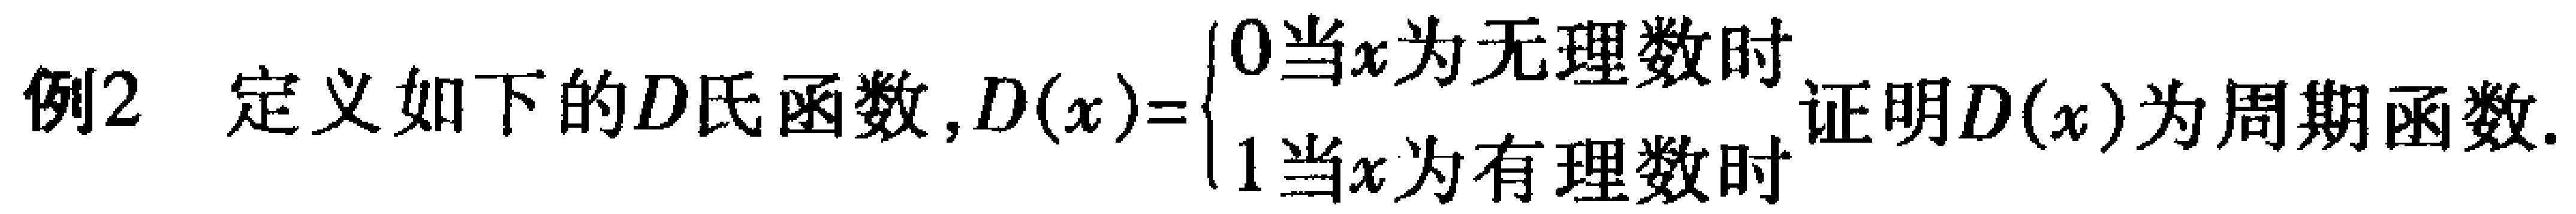
例2 定义如下的D氏函数, \(D(x)=\begin{cases}0 & 当x为无理数时\\1 & 当x为有理数时\end{cases}\) 证明\(D(x)\)为周期函数.